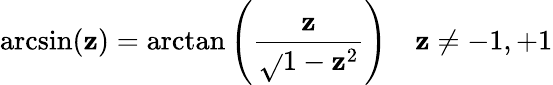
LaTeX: \arcsin(\mathbf{z})=\arctan\left({\frac{{\mathbf{z}}}{{\sqrt{}{{1-\mathbf{z}^{2}}}}}}\right)\quad\mathbf{z}\neq-1,+1